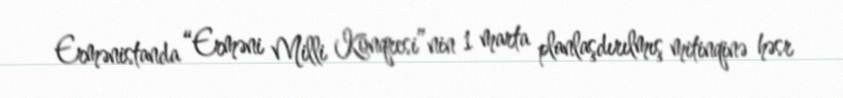
Ermənistanda “Erməni Milli Konqresi”nin 1 marta planlaşdırılmış mitinqinə həsr